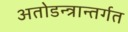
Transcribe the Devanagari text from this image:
अतोडन्त्रान्तर्गत